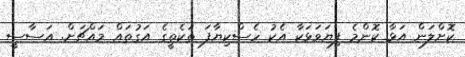
ކޮށްލަން އަޅާ ކޮންމެ ފިޔަވަޅަކާ އެކު ހެސްކިޔާފަ ތަކެތީގެ އަގުތައް މައްޗަށް. އަސާސީ